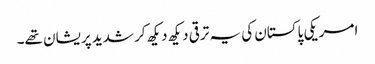
امریکی پاکستان کی یہ ترقی دیکھ دیکھ کر شدید پریشان تھے۔